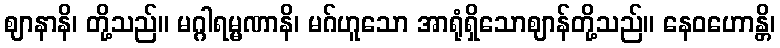
ဈာနာနိ၊ တို့သည်။ မဂ္ဂါရမ္မဏာနိ၊ မဂ်ဟူသော အာရုံရှိသောဈာန်တို့သည်။ နေဝဟောန္တိ၊